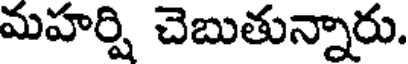
మహర్షి చెబుతున్నారు.